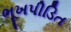
ભૂખપીડિત